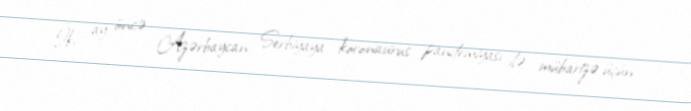
İki ay öncə Azərbaycan Serbiyaya koronavirus pandemiyası ilə mübarizə üçün